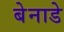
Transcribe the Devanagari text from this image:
बेनाडे